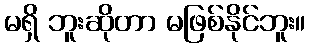
မရှိ ဘူးဆိုတာ မဖြစ်နိုင်ဘူး။